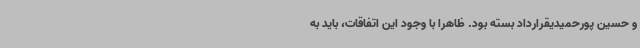
و حسین پورحمیدیقرارداد بسته بود. ظاهرا با وجود این اتفاقات، باید به